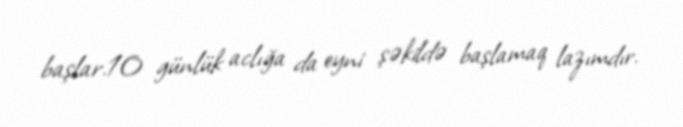
başlar.10 günlük aclığa da eyni şəkildə başlamaq lazımdır.